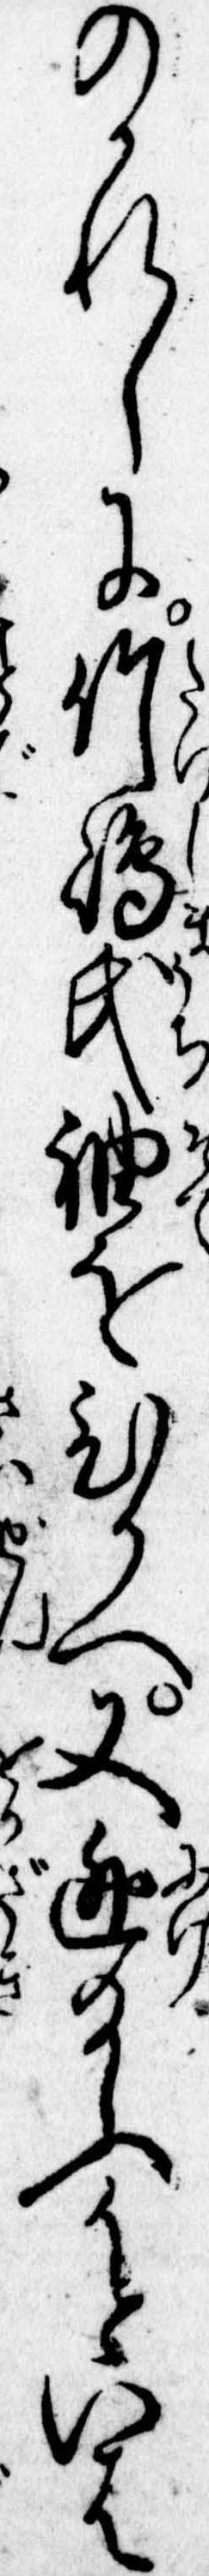
のかれしに竹島氏袖をひかへ又逃給ふかといは